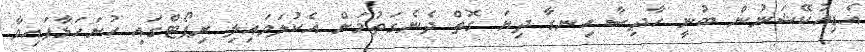
އެޑިއުކޭޝަނުން ބުނީ ހާދިސާ ހިނގާ ދިޔަ ގޮތް ދެނެގަތުމަށް އެކުލަވައިލި ރިޕޯޓްގައި ހުށަހަޅާފައިވާ